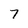
Character: 7